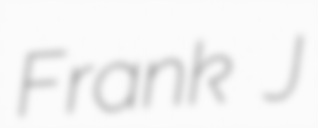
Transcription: Frank J